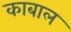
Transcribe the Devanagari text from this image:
काबाल